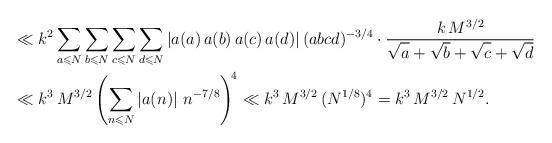
LaTeX: \begin{align*}&\ll k^2\sum_{a\leqslant N}\sum_{b\leqslant N}\sum_{c\leqslant N}\sum_{d\leqslant N}\left|a(a)\,a(b)\,a(c)\,a(d)\right|(abcd)^{-3/4}\cdot\frac{k\,M^{3/2}}{\sqrt{\vphantom ba}+\sqrt b+\sqrt{\vphantom bc}+\sqrt d}\\&\ll k^3\,M^{3/2}\left(\sum_{n\leqslant N}\left|a(n)\right|\,n^{-7/8}\right)^{\!4}\ll k^3\,M^{3/2}\,(N^{1/8})^4=k^3\,M^{3/2}\,N^{1/2}.\end{align*}